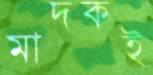
মাদকই